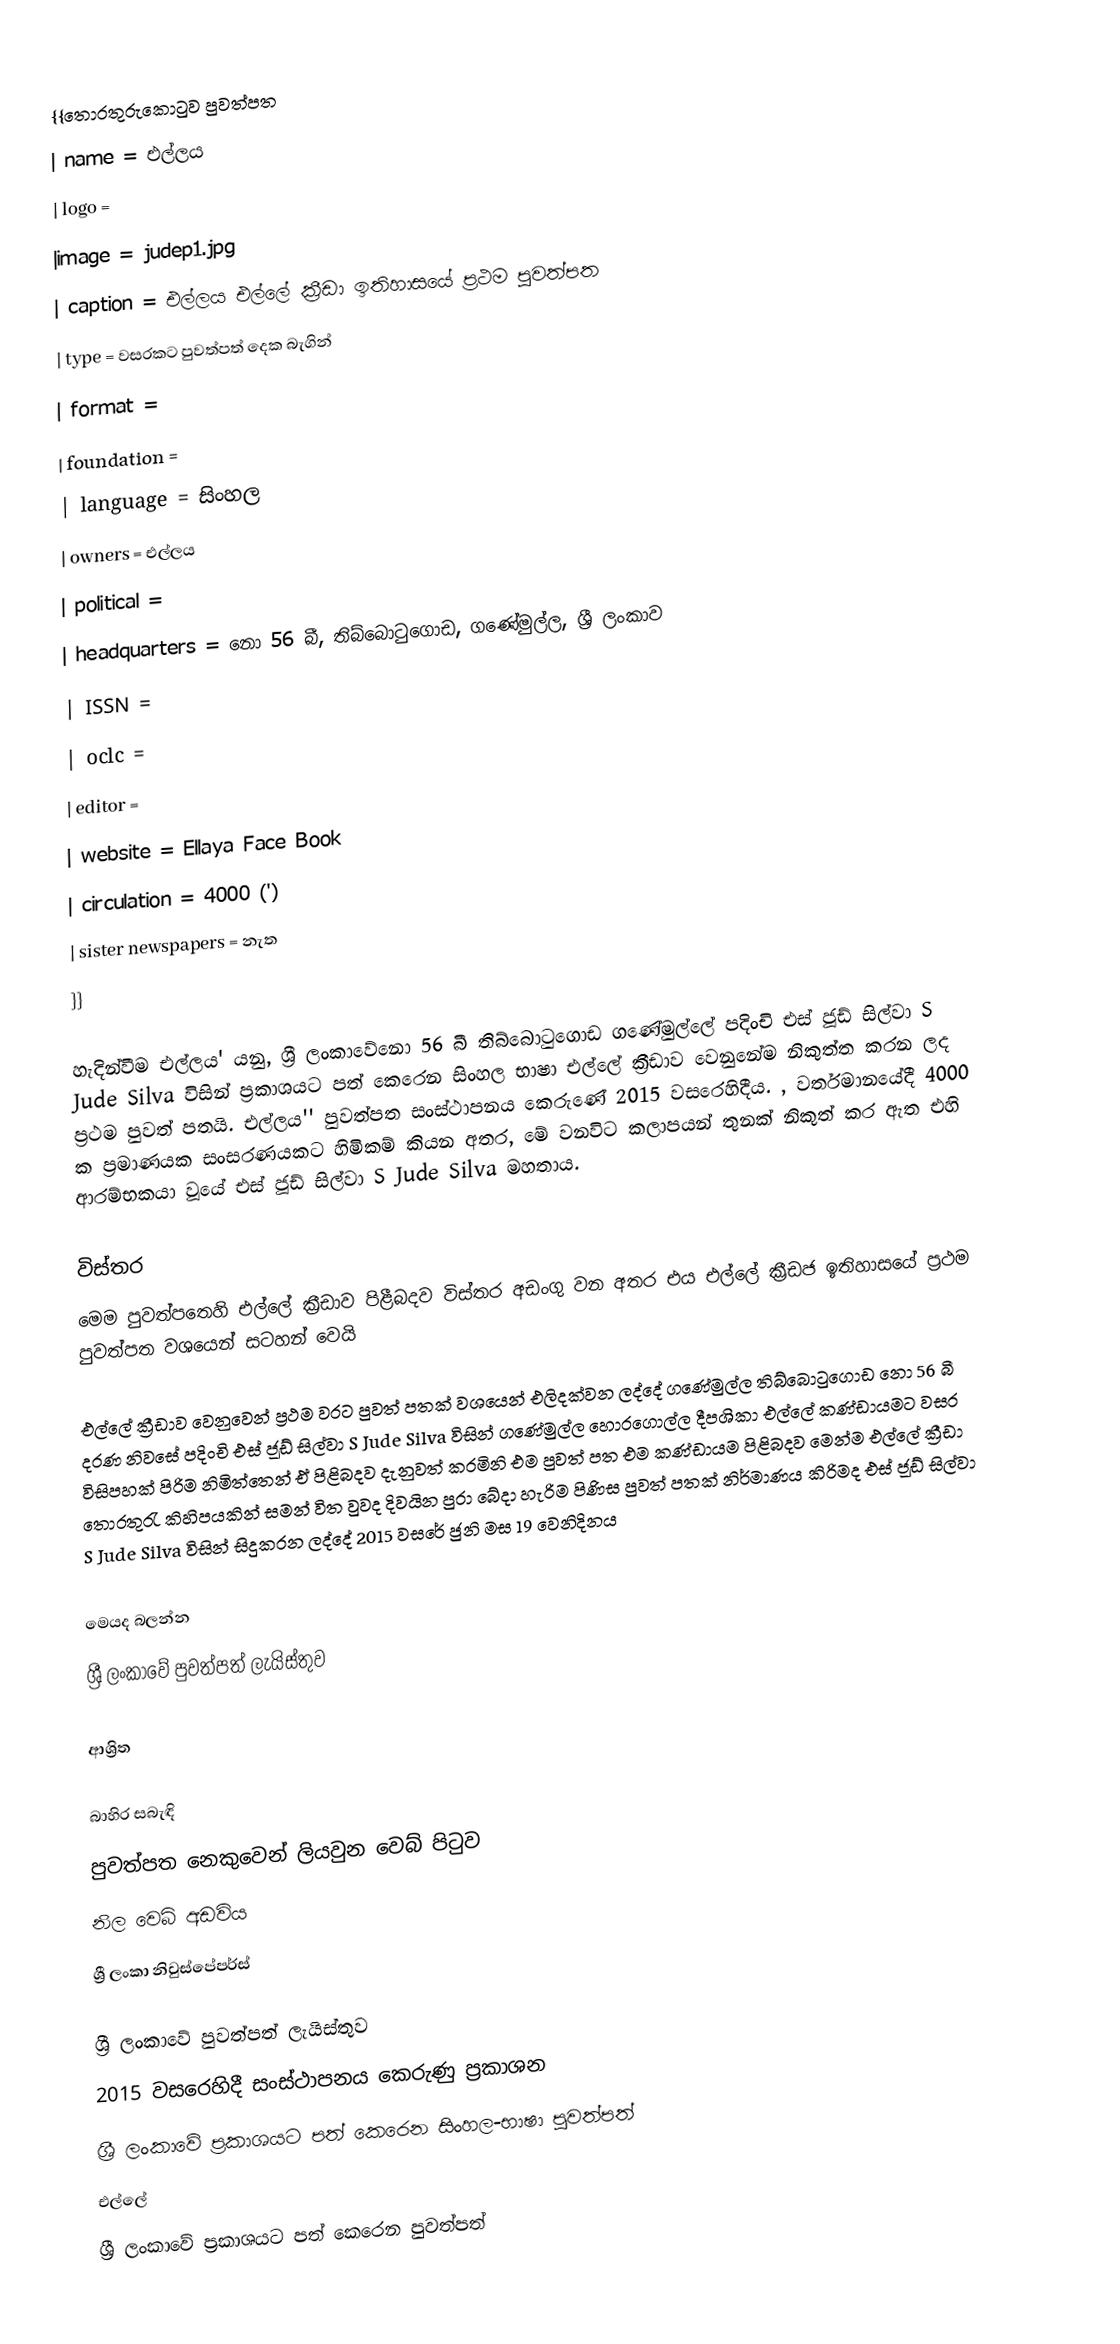
{{තොරතුරුකොටුව පුවත්පත
| name         = එල්ලය
| logo         =
|image         = judep1.jpg
| caption      = එල්ලය එල්ලේ ක්‍රීඩා ඉතිහාසයේ ප්‍රථම පුවත්පත
| type         = වසරකට පුවත්පත් දෙක බැගින්
| format       =
| foundation   =
| language     = සිංහල
| owners       = එල්ලය
| political    =
| headquarters = නො 56 බී, තිබ්බොටුගොඩ, ගණේමුල්ල, ශ්‍රී ලංකාව
| ISSN         =
| oclc         =
| editor       =
| website      = Ellaya Face Book
| circulation  = 4000 (')
| sister newspapers = නැත
}}

 හැදින්වීම එල්ලය' යනු,  ශ්‍රී ලංකාවේනො 56 බී තිබ්බොටුගොඩ ගණේමුල්ලේ පදිංචි එස් ජූඩ් සිල්වා S Jude Silva විසින් ප්‍රකාශයට පත් කෙරෙන සිංහල භාෂා එල්ලේ ක්‍රීඩාව වෙනුනේම නිකුත්ත කරන ලද ප්‍රථම පුවත් පතයි. එල්ලය'' පුවත්පත සංස්ථාපනය කෙරුණේ 2015 වසරෙහිදීය. , වර්තමානයේදී  4000 ක ප්‍රමාණයක සංසරණයකට හිමිකම් කියන අතර, මේ වනවිට කලාපයන් තුනක් නිකුත් කර ඇත  එහි ආරම්භකයා වූයේ එස් ජූඩ් සිල්වා S Jude Silva මහතාය.

විස්තර
මෙම පුවත්පතෙහි එල්ලේ ක්‍රීඩාව පිළීබදව විස්තර අඩංගු වන අතර එය එල්ලේ ක්‍රීඩජ ඉතිහාසයේ ප්‍රථම පුවත්පත  වශයෙන් සටහන් වෙයි

එල්ලේ ක්‍රීඩාව වෙනුවෙන් ප්‍රථම වරට පුවත් පතක් වශයෙන් එලිදක්වන ලද්දේ ගණේමුල්ල තිබ්බොටුගොඩ නො 56 බී දරණ නිවසේ පදිංචි එස් ජූඩ් සිල්වා S Jude Silva විසින් ගණේමුල්ල හොරගොල්ල දීපශිකා එල්ලේ කණ්ඩායමට වසර විසිපහක් පිරිම නිමිත්තෙන් ඒ පිළිබදව දැනුවත් කරමිනි එම පුවත් පත එම කණ්ඩායම පිළිබදව මෙන්ම එල්ලේ ක්‍රීඩා තොරතුරැ කිහිපයකින් සමන් විත වුවද දිවයින පුරා බේදා හැරිම පිණිස පුවත් පතක් නිර්මාණය කිරිමද එස් ජූඩ් සිල්වා S Jude Silva විසින් සිදුකරන ලද්දේ 2015 වසරේ ජුනි මස 19 වෙනිදිනය

මෙයද බලන්න
ශ්‍රී ලංකාවේ පුවත්පත් ලැයිස්තුව

ආශ්‍රිත

බාහිර සබැඳි
පුවත්පත නෙකුවෙන් ලියවුන වෙබ් පිටුව
නිල වෙබ් අඩවිය
ශ්‍රී ලංකා නිවුස්පේපර්ස්

 ශ්‍රී ලංකාවේ පුවත්පත් ලැයිස්තුව
 2015 වසරෙහිදී සංස්ථාපනය කෙරුණු ප්‍රකාශන
 ශ්‍රී ලංකාවේ ප්‍රකාශයට පත් කෙරෙන සිංහල-භාෂා පුවත්පත්
එල්ලේ
ශ්‍රී ලංකාවේ ප්‍රකාශයට පත් කෙරෙන පුවත්පත්